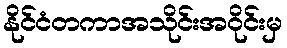
နိုင်ငံတကာအသိုင်းအဝိုင်းမှ